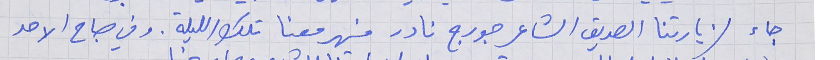
جاء لزيارتنا الصديق الشاعر جورج نادر فسهر معنا تلك الليلة. وفي صباح الاحد